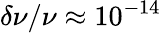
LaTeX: \delta\nu/\nu\approx 10^{-14}